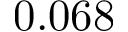
0 . 0 6 8